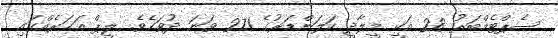
ސެޕްޓެމްބަރު 28 އަކީ މީލާދީ ކަލަންޑަރުގެ 271 ވަނަ ދުވަހެވެ. ލީޕް އަހަރެއްގައި